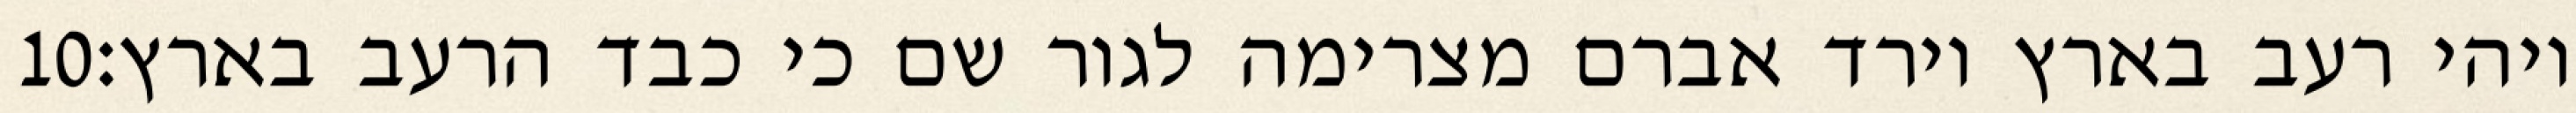
‎10‏ ויהי רעב בארץ וירד אברם מצרימה לגור שם כי כבד הרעב בארץ׃